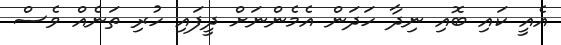
އެއީ ކައި ބޮއި ނިދާ ހަދަން އެމެންނަށް ދީފައި ހުރި ތަނެއް ވެސް